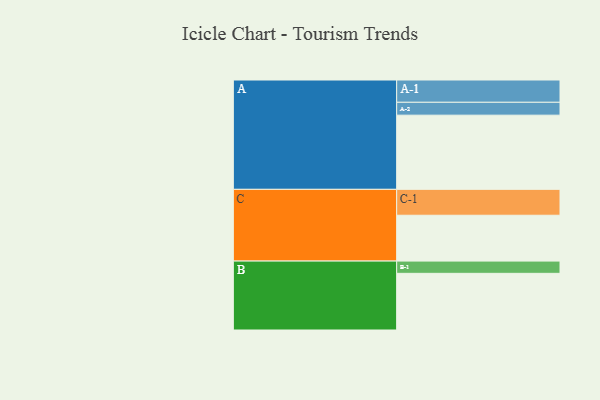
{"axis": {"x": "Segment", "y": "Value"}, "legend": ["", "A", "B", "C"], "data": [{"x": "A", "y": 576, "type": ""}, {"x": "B", "y": 440, "type": ""}, {"x": "C", "y": 356, "type": ""}, {"x": "A-1", "y": 173, "type": "A"}, {"x": "A-2", "y": 100, "type": "A"}, {"x": "B-1", "y": 95, "type": "B"}, {"x": "C-1", "y": 201, "type": "C"}]}